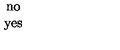
\begin{array} { c } { \mathrm { n o } } \\ { \mathrm { y e s } } \\ \end{array}